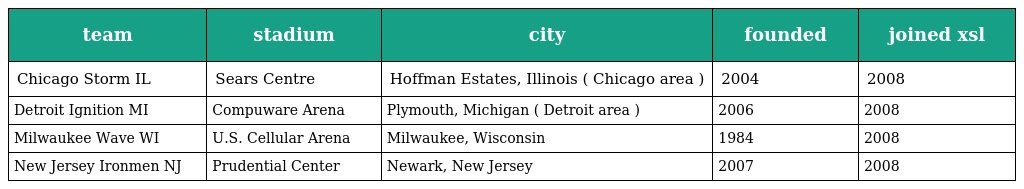
| team | stadium | city | founded | joined xsl |
 | --- | --- | --- | --- | --- |
 | Chicago Storm IL | Sears Centre | Hoffman Estates, Illinois ( Chicago area ) | 2004 | 2008 |
 | Detroit Ignition MI | Compuware Arena | Plymouth, Michigan ( Detroit area ) | 2006 | 2008 |
 | Milwaukee Wave WI | U.S. Cellular Arena | Milwaukee, Wisconsin | 1984 | 2008 |
 | New Jersey Ironmen NJ | Prudential Center | Newark, New Jersey | 2007 | 2008 |